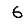
Digit: 6